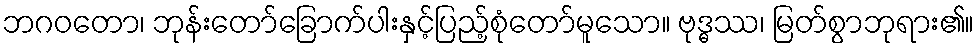
ဘဂဝတော၊ ဘုန်းတော်ခြောက်ပါးနှင့်ပြည့်စုံတော်မူသော။ ဗုဒ္ဓဿ၊ မြတ်စွာဘုရား၏။